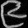
Digit: ၉